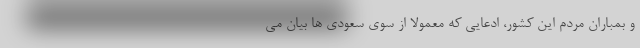
و بمباران مردم این کشور، ادعایی که معمولا از سوی سعودی ها بیان می